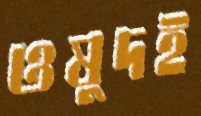
ওষুদই